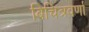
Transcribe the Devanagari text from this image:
बिचित्रवर्णा